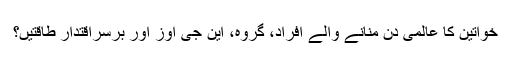
خواتین کا عالمی دن منانے والے افراد، گروہ، این جی اوز اور برسراقتدار طاقتیں؟